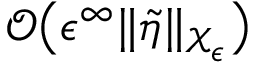
\mathcal { O } \bigl ( \epsilon ^ { \infty } \| \tilde { \eta } \| _ { \mathcal { X } _ { \epsilon } } \bigr )